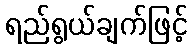
ရည်ရွယ်ချက်ဖြင့်